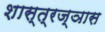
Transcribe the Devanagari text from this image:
शास्त्रज्ञास